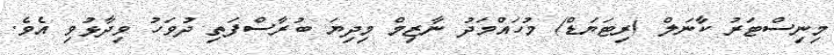
މިނިސްޓަރު ކާނަލް (ރިޓަޔަޑް) މުހައްމަދު ނާޒިމް މިދިޔަ ބުރާސްފަތި ދުވަހު ވިދާޅުވި އެވެ.